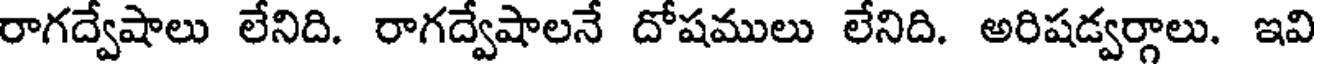
రాగద్వేషాలు లేనిది. రాగద్వేషాలనే దోషములు లేనిది. అరిషడ్వర్గాలు. ఇవి